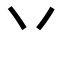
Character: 丷